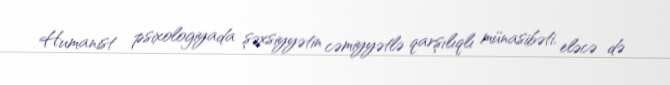
Humanist psixologiyada şəxsiyyətin cəmiyyətlə qarşılıqlı münasibəti, eləcə də